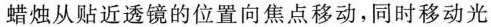
蜡烛从贴近透镜的位置向焦点移动，同时移动光